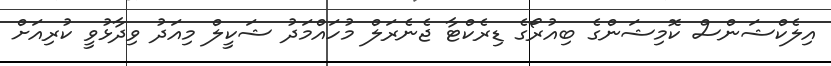
އިލެކްޝަންސް ކޮމިޝަންގެ ބިއުރޯގެ ޑިރެކްޓާ ޖެނެރަލް މުހައްމަދު ޝަކީލް މިއަދު ވިދާޅުވީ ކުރިއަށް